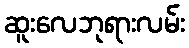
ဆူးလေဘုရားလမ်း